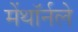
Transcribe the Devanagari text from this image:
मेंथॉर्नले